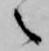
之